Annual report on the working of the lock hospitals in the Central Provinces
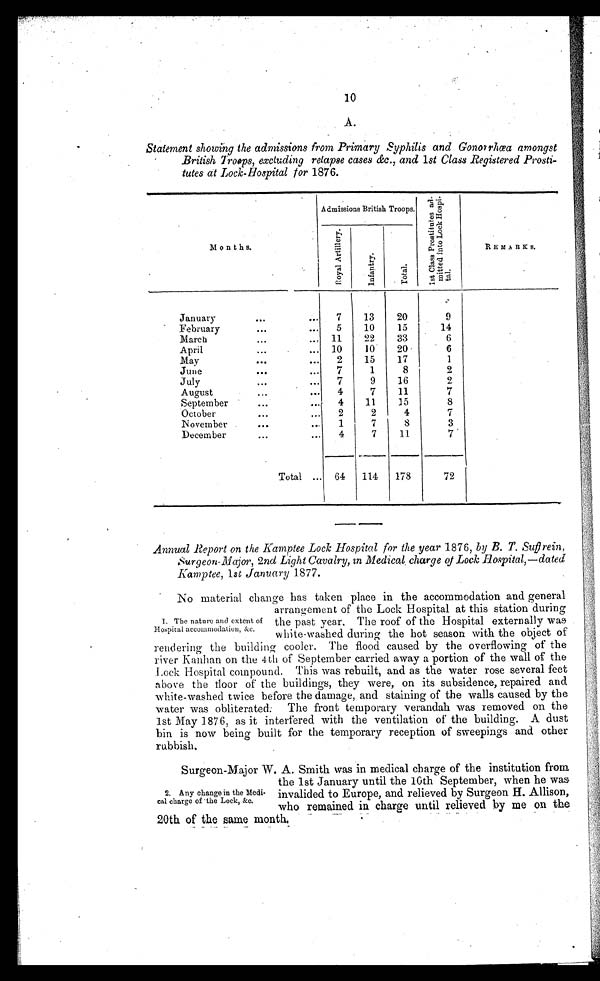
10
A.
Statement showing the admissions from Primary Syphilis and Gonorrhœa amongst
British Troops, excluding relapse cases &c., and 1st Class Registered Prosti-
tutes at Lock-Hospital for 1876.
Months.
Admissions British Troops.
1 s t C l a s s P r o s t i t u e s a d -
m i t t e d i n t o L o c k H o s p i -
tal.
REMARKS.
R o y a l A r t i l l e r y .
I n f a n t r y .
Tot al .
January
...
...
7
13
20
9
February
...
...
5
10
15
14
March
...
... 11
22
33
6
April
...
... 10
10
20
6
May
...
...
2
15
17
1
June
...
...
7
1
8
2
July
...
...
7
9
16
2
August
...
...
4
7
11
7
September
. .. ...
4
11
15
8
October
...
...
2
2
4
7
November
...
...
1
7
8
3
December
...
...
4
7
11
7
Total ... 64 114
178
72
Annual Report on the Kamptee Lock Hospital for the year 1876, by B. T. Suffrein,
Surgeon-Major, 2nd Light Cavalry, in Medical charge of Lock Hospital,—dated
Kamptee, 1st January 1877.
No material change has taken place in the accommodation and general
arrangement of the Lock Hospital at this station during
the past year. The roof of the Hospital externally wa
s
white-washed during the hot season with the object of
rendering the building cooler. The flood caused by the overflowing of the
river Kanhan on the 4th of September carried away a portion of the wall of the
Lock Hospital compound. This was rebuilt, and as the water rose several feet
above the floor of the buildings, they were, on its subsidence, repaired and
white-washed twice before the damage, and staining of the walls caused by the
water was obliterated. The front temporary verandah was removed on the
1st May 1876, as it interfered with the ventilation of the building. A dust
bin is now being built for the temporary reception of sweepings and other
rubbish.
Surgeon-Major W. A. Smith was in medical charge of the institution from
the 1st January until the 10th September, when he was
invalided to Europe, and relieved by Surgeon H. Allison,
who remained in charge until relieved by me on the
20th of the same month.
1. The nature and extent of
Hospital accommodation, &c.
2. Any change in the Medi-
cal charge of the Lock, &c.